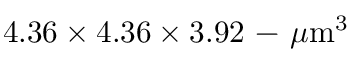
4 . 3 6 \times 4 . 3 6 \times 3 . 9 2 \mathrm { ~ - ~ } \mu \mathrm { m } ^ { 3 }